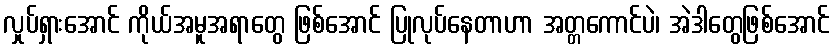
လှုပ်ရှားအောင် ကိုယ်အမူအရာတွေ ဖြစ်အောင် ပြုလုပ်နေတာဟာ အတ္တကောင်ပဲ၊ အဲဒါတွေဖြစ်အောင်